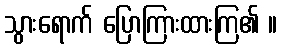
သွားရောက် ပြောကြားထားကြ၏ ။